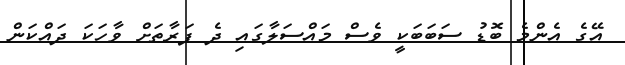
އޭގެ އެންމެ ބޮޑު ސަބަބަކީ ވެސް މައްސަލާގައި ދެ ފަރާތަށް ވާހަކަ ދައްކަން